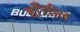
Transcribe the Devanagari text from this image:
हाँसील